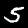
Digit: 5